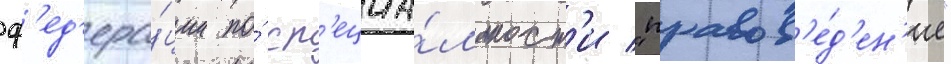
ф'ед'ера́ции по́ сп'ециа́льност'и "правов'е́д'ен'ие"